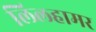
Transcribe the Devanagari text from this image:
लिलहामर